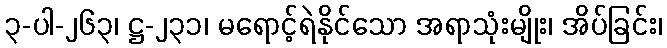
၃-ပါ-၂၆၃၊ ဋ္ဌ-၂၃၁၊ မရောင့်ရဲနိုင်သော အရာသုံးမျိုး၊ အိပ်ခြင်း၊